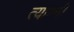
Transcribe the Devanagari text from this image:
त्याण्नी